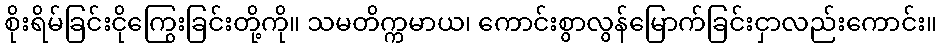
စိုးရိမ်ခြင်းငိုကြွေးခြင်းတို့ကို။ သမတိက္ကမာယ၊ ကောင်းစွာလွန်မြောက်ခြင်းငှာလည်းကောင်း။